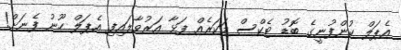
އެޕަލް ކުންފުނީގެ ބޮޑު ޓެކްސް މަކަރެއް ފަޅާ އަރުވާލައިފި އެޕަލް ހޫނު ފެނަށް!